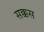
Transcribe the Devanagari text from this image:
सक्कस